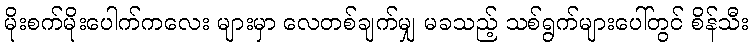
မိုးစက်မိုးပေါက်ကလေး များမှာ လေတစ်ချက်မျှ မခသည့် သစ်ရွက်များပေါ်တွင် စိန်သီး